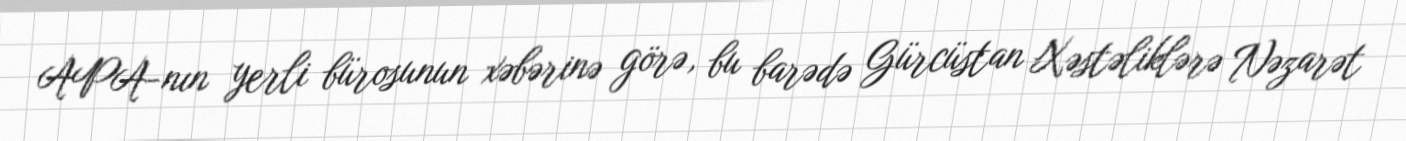
APA-nın yerli bürosunun xəbərinə görə, bu barədə Gürcüstan Xəstəliklərə Nəzarət